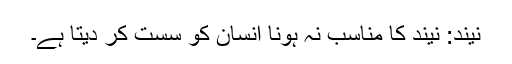
نیند: نیند کا مناسب نہ ہونا انسان کو سست کر دیتا ہے۔